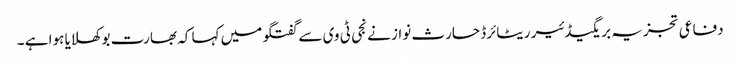
دفاعی تجزیہ بریگیڈئیر ریٹائرڈ حارث نواز نے نجی ٹی وی سے گفتگو میں کہا کہ بھارت بوکھلایا ہوا ہے ۔